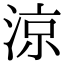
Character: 涼